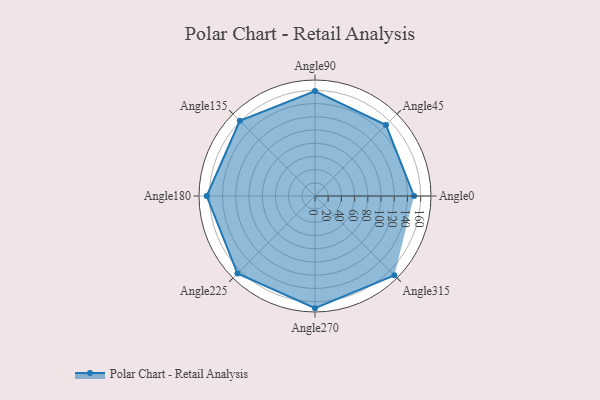
{"axis": {"x": "Angle", "y": "Radius"}, "legend": [""], "data": [{"x": "Angle0", "y": 150.0, "type": ""}, {"x": "Angle45", "y": 152.0, "type": ""}, {"x": "Angle90", "y": 159.0, "type": ""}, {"x": "Angle135", "y": 161.0, "type": ""}, {"x": "Angle180", "y": 164.0, "type": ""}, {"x": "Angle225", "y": 166.0, "type": ""}, {"x": "Angle270", "y": 170, "type": ""}, {"x": "Angle315", "y": 170, "type": ""}]}